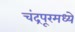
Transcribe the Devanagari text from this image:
चंद्रपूरमध्ये